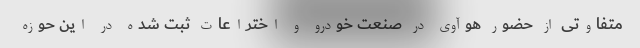
متفاوتی از حضور هوآوی در صنعت خودرو و اختراعات ثبت شده در این حوزه